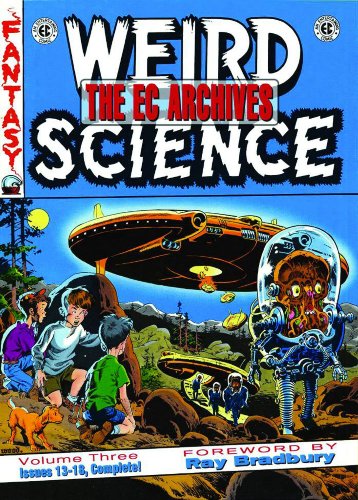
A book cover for EC Archives Weird Science Volume 3 (v. 3); Comics & Graphic Novels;